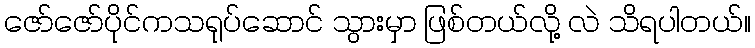
ဇော်ဇော်ပိုင်ကသရုပ်ဆောင် သွားမှာ ဖြစ်တယ်လို့ လဲ သိရပါတယ်။